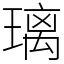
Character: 璃